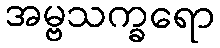
အမ္ဗသက္ခရော